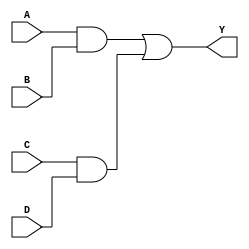
module addor(A,B,C,D,Y);
	input A,B,C,D;
	output Y;
	wire and_op1, and_op2;
	and g1(and_op1,A,B);
	and g2(and_op2,C,D);//g2 represents lower AND
	or g3(Y, and_op1, and_op2);
endmodule 

module test_andor;
	reg a,b,c,d;
	wire y;
	addor ao(a,b,c,d,y);
	initial
	begin 
	$dumpfile("nidhish.vcd");
	$dumpvars(0, test_andor);
	a=0;b=1;c=1;d=1;#10
	a=0;b=0;c=1;d=0;#10
	$finish;
	end 
endmodule